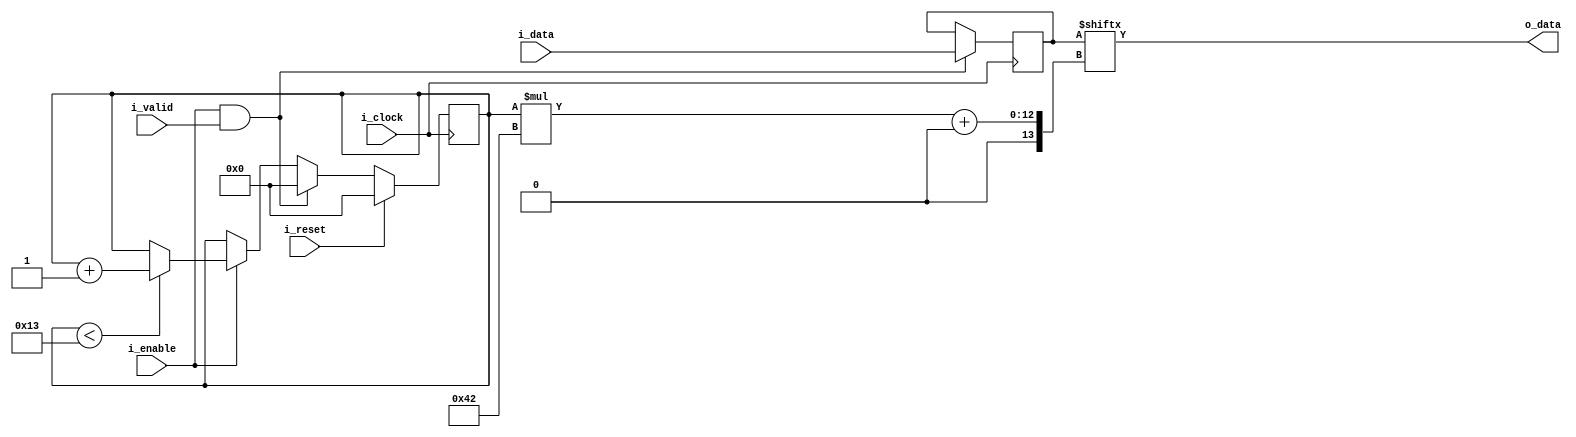





module parallel_converter_N_to_1
#(
	parameter LEN_CODED_BLOCK 	= 66,
	parameter N_LANES 			= 20,
	parameter NB_INPUT 			= (LEN_CODED_BLOCK * N_LANES) 
 )
 (
 	input  wire 							i_clock,
 	input  wire 							i_reset,
 	input  wire 							i_enable,
 	input  wire 							i_valid,
 	input  wire [NB_INPUT-1 : 0] 			i_data,
 	output wire [LEN_CODED_BLOCK-1 : 0] 	o_data
 );


//LOCALPARAMS
localparam NB_INDEX = $clog2(N_LANES);


//INTERNAL SIGNALS

reg [NB_INPUT-1 : 0] data;
reg [NB_INDEX-1 : 0] index;


//PORTS

assign o_data = data[(index*LEN_CODED_BLOCK) +: LEN_CODED_BLOCK];

//Update index
always @ (posedge i_clock)
begin
	if (i_reset)
		index <= {NB_INDEX{1'b0}};

	else if (i_enable && i_valid)
	begin
		index <= {NB_INDEX{1'b0}}; //laslanes indican dato nuevo,se reinicia el indice de salida  
	end
	else if (i_enable /* && pulso que indica que debe cambiar la salida(data_request)*/)
	begin
		if(index < N_LANES-1)
			index <= index + 1; 
	end
end

always @ (posedge i_clock)
begin
	if(i_enable && i_valid)
		data <= i_data;
end




endmodule